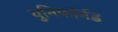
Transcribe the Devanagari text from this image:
युनिफॉर्मड